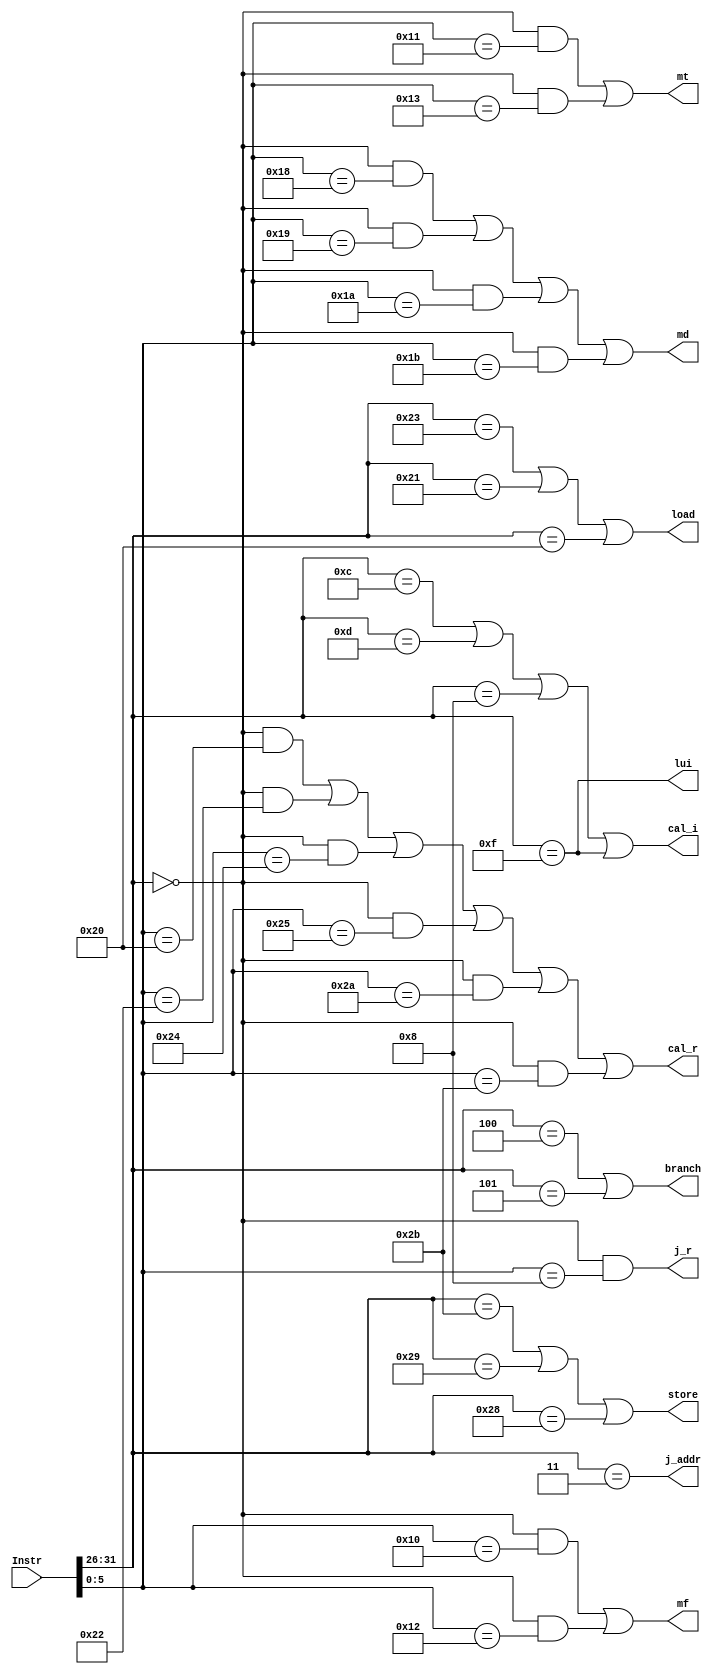
`timescale 1ns / 1ps

`define Op 31:26
`define func 5:0

`define R 6'b000000
`define ADD 6'b100000
`define SUB 6'b100010
`define AND 6'b100100
`define OR 6'b100101
`define SLT 6'b101010
`define SLTU 6'b101011
`define MULT 6'b011000
`define MULTU 6'b011001
`define DIV 6'b011010
`define DIVU 6'b011011
`define MFHI 6'b010000
`define MFLO 6'b010010
`define MTHI 6'b010001
`define MTLO 6'b010011
`define JR 6'b001000
`define NOP 6'b000000

`define ORI 6'b001101
`define ADDI 6'b001000
`define ANDI 6'b001100
`define LUI 6'b001111
`define LB 6'b100000
`define LH 6'b100001
`define LW 6'b100011
`define SB 6'b101000
`define SH 6'b101001
`define SW 6'b101011
`define BEQ 6'b000100
`define BNE 6'b000101
`define JAL 6'b000011

module G_ClassifyUnit(
    input [31:0] Instr,
    output load,
    output store,
    output cal_r,
    output cal_i,
    output branch,  // beq, bne
    output lui,
    output j_r,     // jr,
    output j_addr,  // jal
    output md,
    output mt,
    output mf
);
    wire [5:0] op = Instr[`Op];
    wire [5:0] func = Instr[`func];

    /// cal_r
    wire add = (op == `R && func == `ADD);
    wire sub = (op == `R && func == `SUB);
    wire _and = (op == `R && func == `AND);
    wire _or = (op == `R && func == `OR);
    wire slt = (op == `R && func == `SLT);
    wire sltu = (op == `R && func == `SLTU);
    wire mult = (op == `R && func == `MULT);
    wire multu = (op == `R && func == `MULTU);
    wire div = (op == `R && func == `DIV);
    wire divu = (op == `R && func == `DIVU);
    wire mfhi = (op == `R && func == `MFHI);
    wire mflo = (op == `R && func == `MFLO);
    wire mthi = (op == `R && func == `MTHI);
    wire mtlo = (op == `R && func == `MTLO);

    /// cal_i
    wire ori = (op == `ORI);
    wire andi = (op == `ANDI);
    wire addi = (op == `ADDI);
    
    /// lui
    assign lui = (op == `LUI);

    /// load
    wire lw = (op == `LW);
    wire lb = (op == `LB);
    wire lh = (op == `LH);

    /// store
    wire sw = (op == `SW);
    wire sb = (op == `SB);
    wire sh = (op == `SH);

    /// branch
    wire beq = (op == `BEQ);
    wire bne = (op == `BNE);

    /// j_r
    wire jr = (op == `R && func == `JR);

    /// j_addr
    wire jal = (op == `JAL);

    assign cal_r = add | sub | _and | _or | slt | sltu;
    assign cal_i = andi | ori | addi | lui;
    assign load = lw | lh | lb;
    assign store = sw | sh | sb;
    assign branch = beq | bne;
    assign j_r = jr;
    assign j_addr = jal;
    assign md = mult | multu | div | divu;
    assign mt = mthi | mtlo;
    assign mf = mfhi | mflo;

endmodule //ClassifyUnit